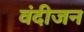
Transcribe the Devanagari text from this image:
वंदीजन